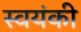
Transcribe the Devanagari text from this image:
स्वयंकी